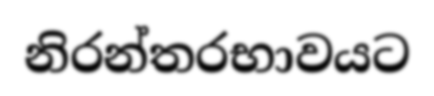
නිරන්තරභාවයට